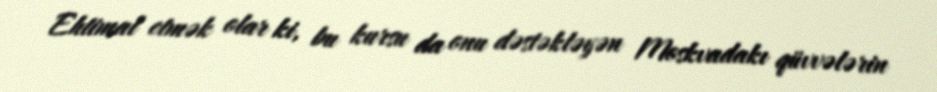
Ehtimal etmək olar ki, bu kursu da onu dəstəkləyən Moskvadakı qüvvələrin